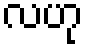
လဟု